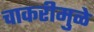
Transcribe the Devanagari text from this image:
चाकरीमुळे